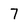
Character: 7